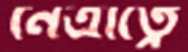
নেত্রীত্বে